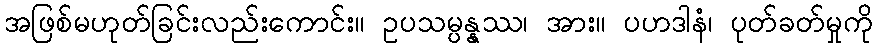
အဖြစ်မဟုတ်ခြင်းလည်းကောင်း။ ဥပသမ္ပန္နဿ၊ အား။ ပဟဒါနံ၊ ပုတ်ခတ်မှုကို